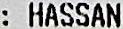
: HASSAN